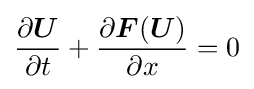
{\frac {\partial {\boldsymbol {U}}}{\partial t}}+{\frac {\partial {\boldsymbol {F}}({\boldsymbol {U}})}{\partial x}}=0